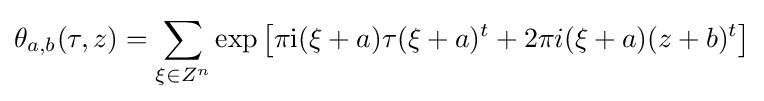
\theta _{a,b}(\tau ,z)=\sum _{\xi \in Z^{n}}\exp \left[\pi {\rm {i}}(\xi +a)\tau (\xi +a)^{t}+2\pi i(\xi +a)(z+b)^{t}\right]